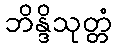
ဘိန္ဒိသုတ္တံ